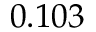
0 . 1 0 3